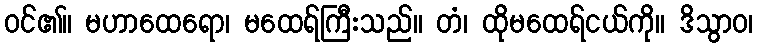
ဝင်၏။ မဟာထေရော၊ မထေရ်ကြီးသည်။ တံ၊ ထိုမထေရ်ငယ်ကို။ ဒိသွာဝ၊